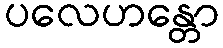
ပလေဟန္တော